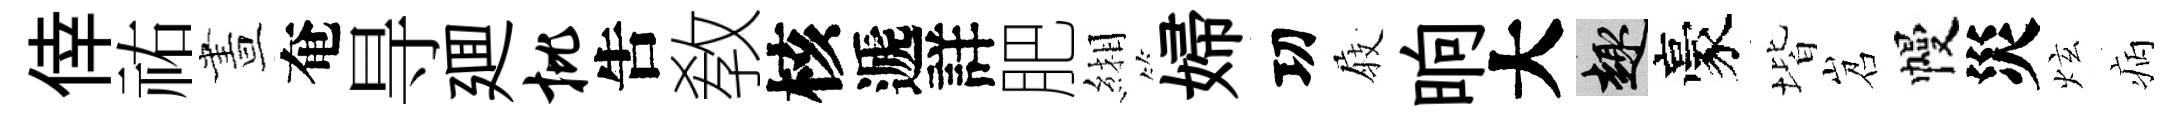
倖祐晝奄㝵廽批吿敎核遞詳肥緗婦㓛𡲆晌大趣豪堦岧幔災炫病